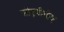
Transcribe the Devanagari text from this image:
सीएपीपीए